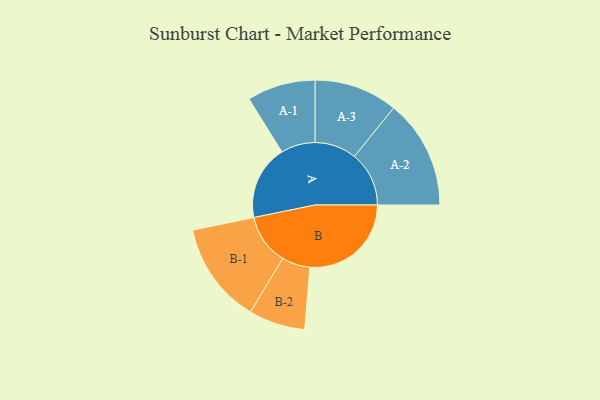
{"axis": {"x": "Segment", "y": "Value"}, "legend": ["", "A", "B"], "data": [{"x": "A", "y": 354, "type": ""}, {"x": "B", "y": 481, "type": ""}, {"x": "A-1", "y": 162, "type": "A"}, {"x": "A-2", "y": 259, "type": "A"}, {"x": "A-3", "y": 198, "type": "A"}, {"x": "B-1", "y": 240, "type": "B"}, {"x": "B-2", "y": 134, "type": "B"}]}